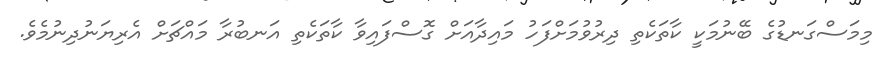
މިމަސްގަނޑުގެ ބޭނުމަކީ ކާތަކެތި ދިރުވުމަށްފަހު މައިދާއަށް ގޮސްފައިވާ ކާތަކެތި އަނބުރާ މައްޗަށް އެރިޔަނުދިނުމެވެ.